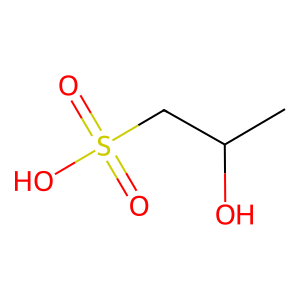
SMILES: CC(O)CS(=O)(=O)O
Inhibits HIV replication: No